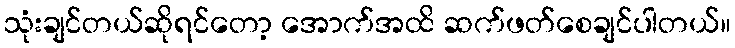
သုံးချင်တယ်ဆိုရင်တော့ အောက်အထိ ဆက်ဖတ်စေချင်ပါတယ်။